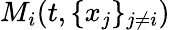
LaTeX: M_{i}(t,\{ x_{j}\} _{j\neq i})